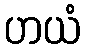
ဟယံ